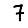
Digit: 7